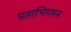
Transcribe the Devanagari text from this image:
पताभिगमन